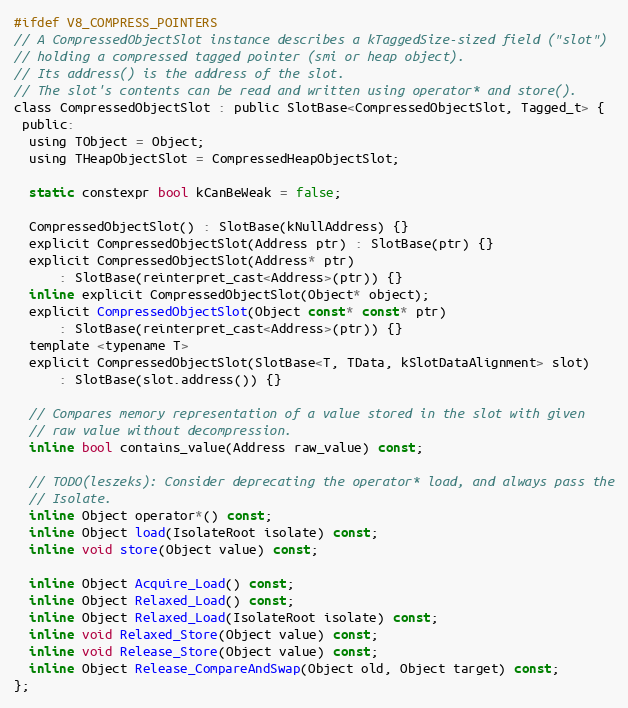
Language: C
#ifdef V8_COMPRESS_POINTERS
// A CompressedObjectSlot instance describes a kTaggedSize-sized field ("slot")
// holding a compressed tagged pointer (smi or heap object).
// Its address() is the address of the slot.
// The slot's contents can be read and written using operator* and store().
class CompressedObjectSlot : public SlotBase<CompressedObjectSlot, Tagged_t> {
 public:
  using TObject = Object;
  using THeapObjectSlot = CompressedHeapObjectSlot;

  static constexpr bool kCanBeWeak = false;

  CompressedObjectSlot() : SlotBase(kNullAddress) {}
  explicit CompressedObjectSlot(Address ptr) : SlotBase(ptr) {}
  explicit CompressedObjectSlot(Address* ptr)
      : SlotBase(reinterpret_cast<Address>(ptr)) {}
  inline explicit CompressedObjectSlot(Object* object);
  explicit CompressedObjectSlot(Object const* const* ptr)
      : SlotBase(reinterpret_cast<Address>(ptr)) {}
  template <typename T>
  explicit CompressedObjectSlot(SlotBase<T, TData, kSlotDataAlignment> slot)
      : SlotBase(slot.address()) {}

  // Compares memory representation of a value stored in the slot with given
  // raw value without decompression.
  inline bool contains_value(Address raw_value) const;

  // TODO(leszeks): Consider deprecating the operator* load, and always pass the
  // Isolate.
  inline Object operator*() const;
  inline Object load(IsolateRoot isolate) const;
  inline void store(Object value) const;

  inline Object Acquire_Load() const;
  inline Object Relaxed_Load() const;
  inline Object Relaxed_Load(IsolateRoot isolate) const;
  inline void Relaxed_Store(Object value) const;
  inline void Release_Store(Object value) const;
  inline Object Release_CompareAndSwap(Object old, Object target) const;
};